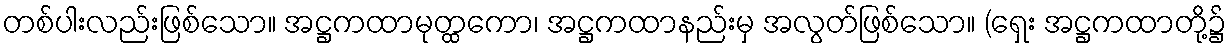
တစ်ပါးလည်းဖြစ်သော။ အဋ္ဌကထာမုတ္ထကော၊ အဋ္ဌကထာနည်းမှ အလွတ်ဖြစ်သော။ (ရှေး အဋ္ဌကထာတို့၌